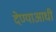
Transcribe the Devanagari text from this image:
देण्याआधी